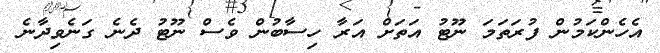
އެހެންކަމުން ފުރަތަމަ ނޫޓު އަތަށް އަރާ ހިސާބުން ވެސް ނޫޓު ދެނެ ގަނެވިދާނެ